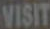
VISIT